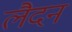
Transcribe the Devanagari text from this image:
लैदन